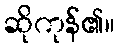
ဆိုကုန်၏။